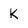
Character: k